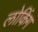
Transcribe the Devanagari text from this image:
लोकिंग